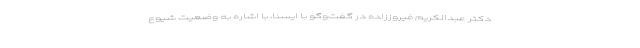
دکتر عبدالکریم فیروززاده در گفت‌وگو با ایسنا، با اشاره به وضعیت شیوع